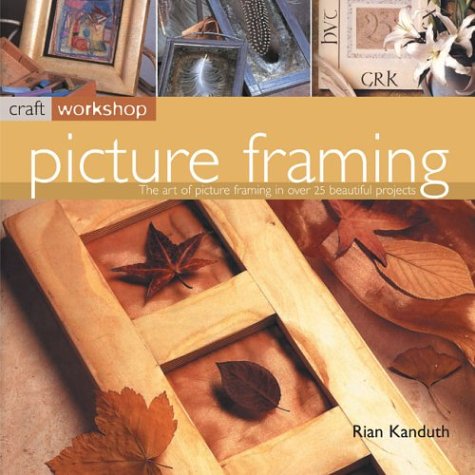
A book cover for Picture Framing: Craft Workshop Series; Rian Kanduth; Crafts, Hobbies & Home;